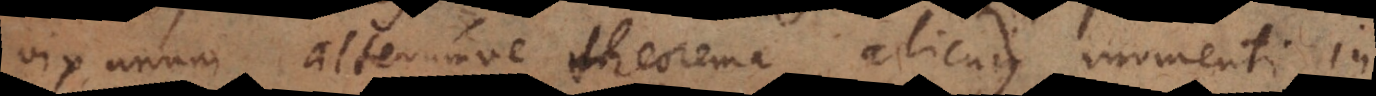
vix unum alterumve theorema alicujus momenti in